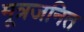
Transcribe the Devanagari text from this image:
मूत्रजनित